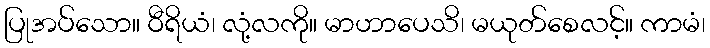
ပြုအပ်သော။ ဝီရိယံ၊ လုံ့လကို။ မာဟာပေသိ၊ မယုတ်စေလင့်။ ကာမံ၊